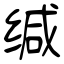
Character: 缄